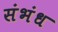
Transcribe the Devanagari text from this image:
संभंध